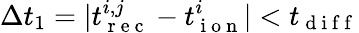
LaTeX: \Delta t_{1}=|t_{\mathrm{~r~e~c~}}^{i,j}-t_{\mathrm{~i~o~n~}}^{i}|<t_{\mathrm{~d~i~f~f~}}